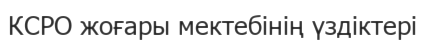
КСРО жоғары мектебінің үздіктері